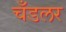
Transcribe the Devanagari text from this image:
चँडलर